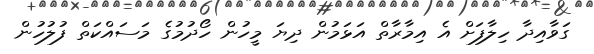
ގަވާއިދާ ހިލާފަށް އެ އިމާރާތް އަޅަމުން ދިޔަ މީހުން ހޯދުމުގެ މަސައްކަތް ފުލުހުން